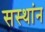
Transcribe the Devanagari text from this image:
सस्थांन